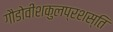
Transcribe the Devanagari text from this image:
गौडोवींशकुलप्रशस्ति